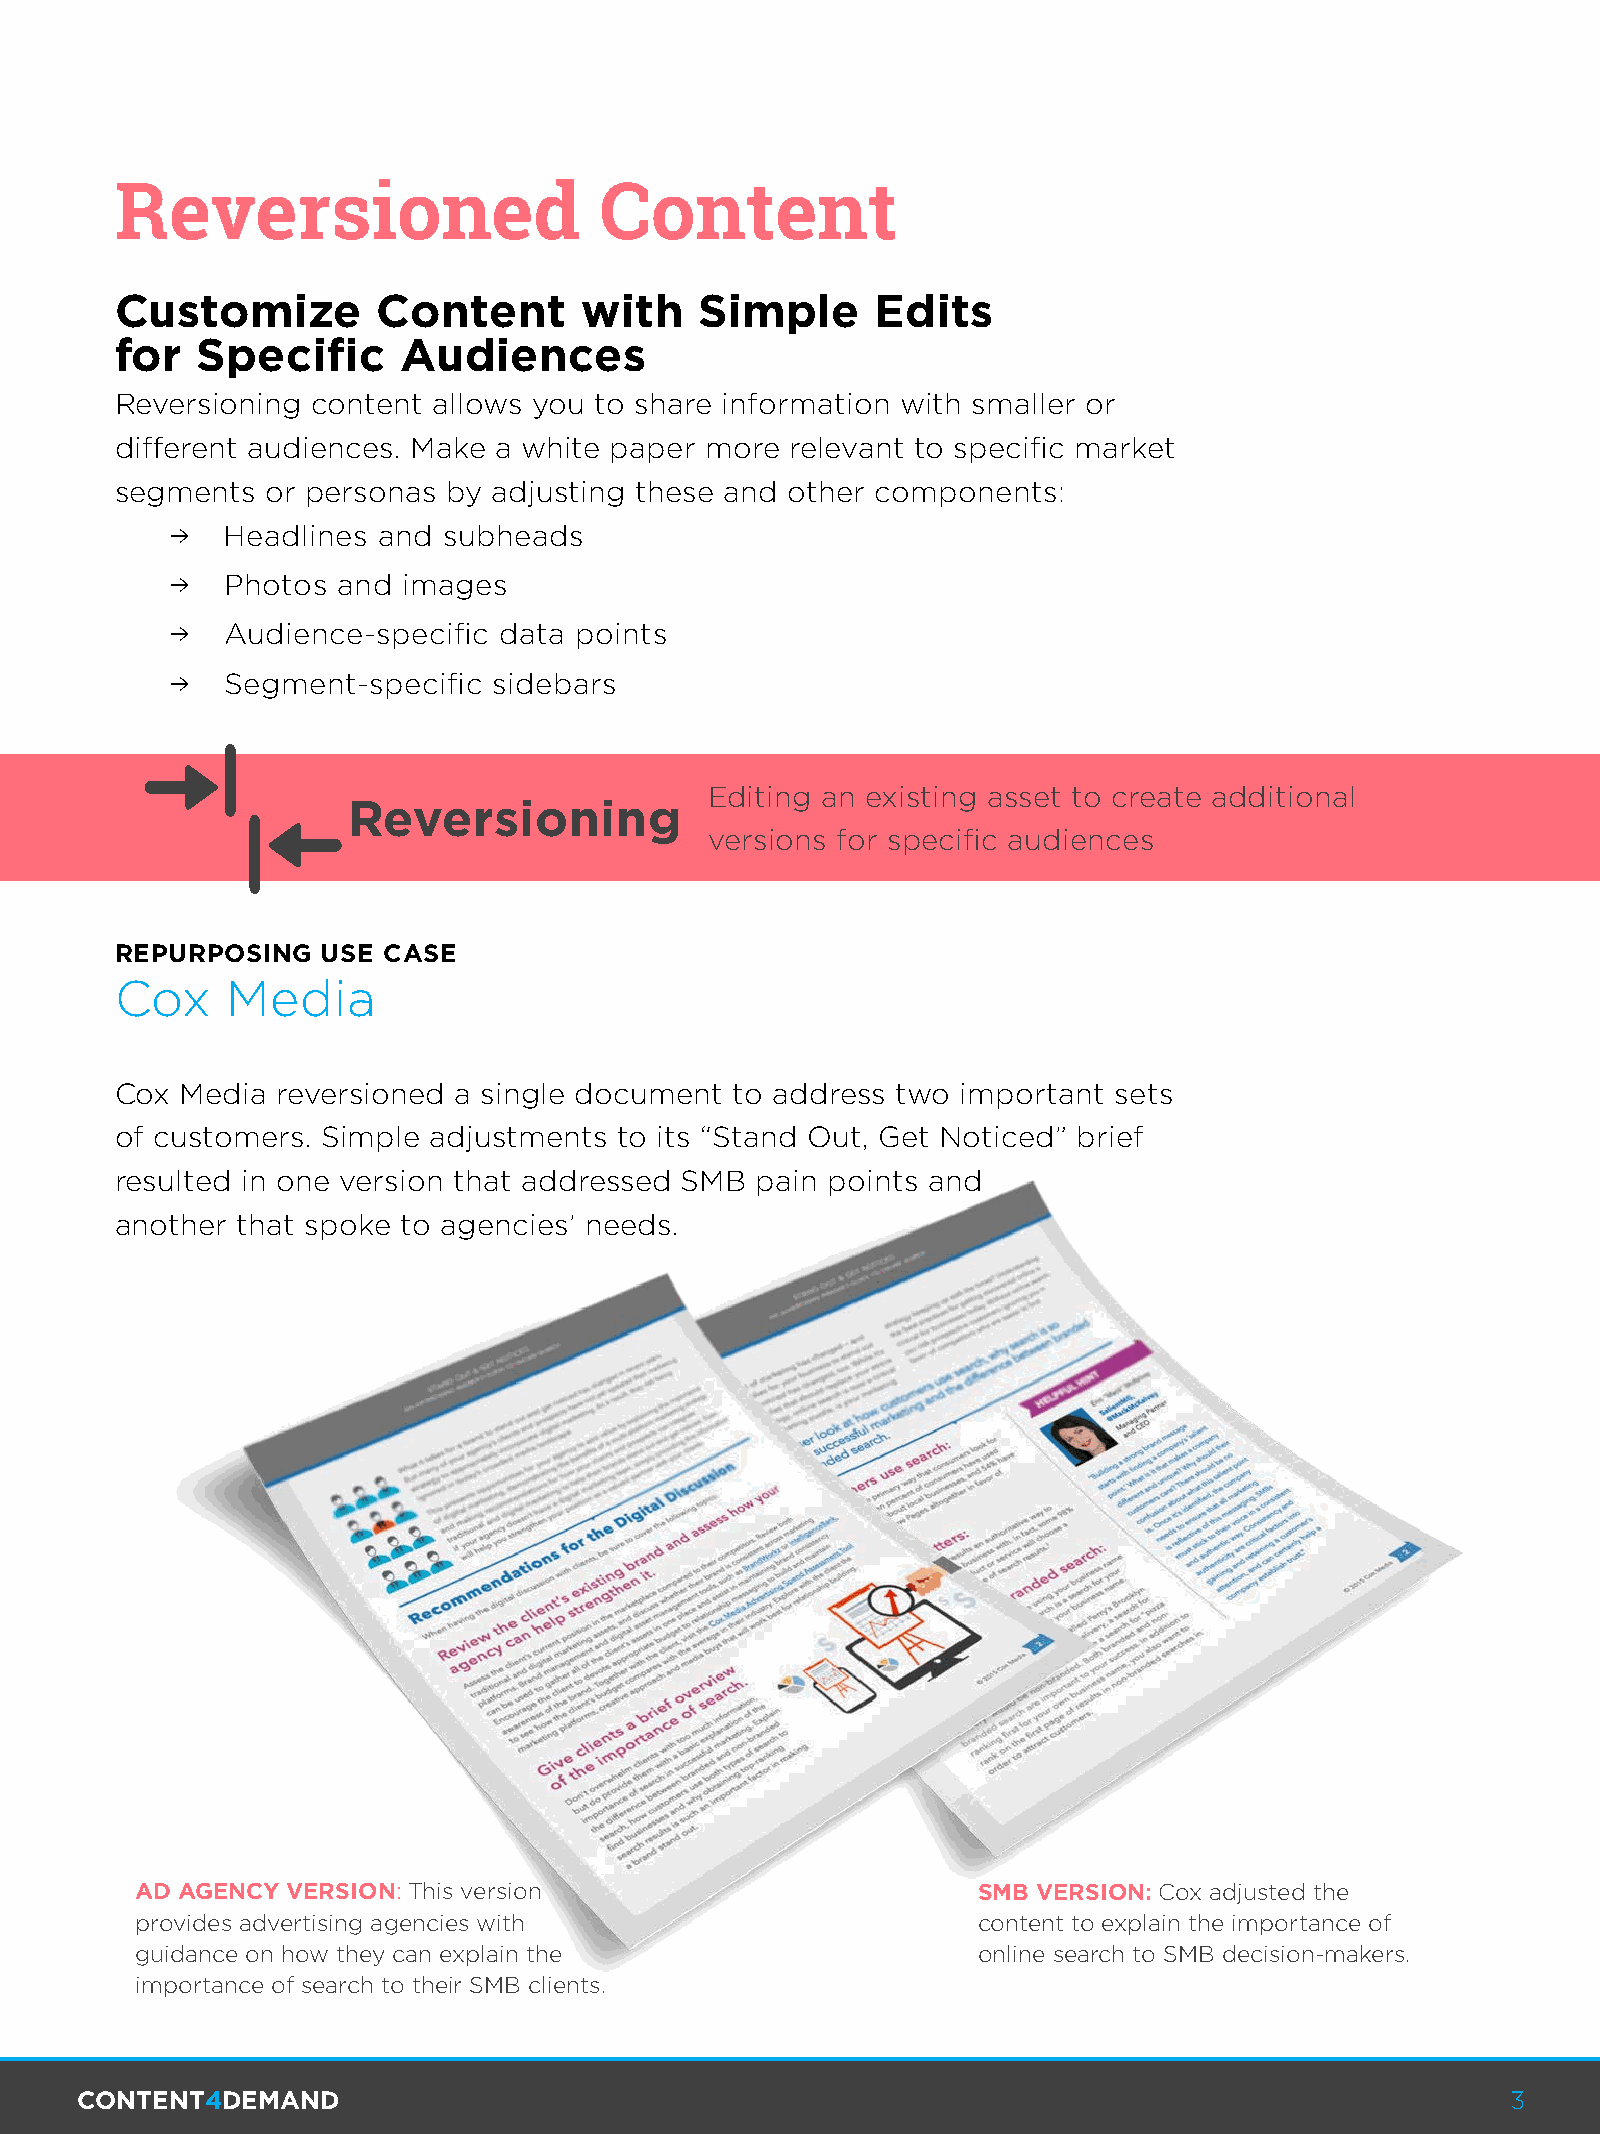
Reversioned                     Content
 Customize        Content      with    Simple      Edits
 for  Specific     Audiences
 Reversioning content allows you to share information with smaller or
 different audiences. Make a white paper more relevant to specific market
 segments  or personas by adjusting these and other components:
 →   Headlines and subheads
 →   Photos and  images
 →   Audience-specific data points
 →   Segment-specific  sidebars
 Editing an existing asset to create additional
 Reversioning
 versions for specific audiences
 REPURPOSING  USE CASE
 Cox    Media
 Cox Media reversioned a single document  to address two important sets
 of customers. Simple adjustments to its “Stand Out, Get Noticed” brief
 resulted in one version that addressed SMB pain points and
 another that spoke to agencies’ needs.
 AD AGENCY VERSION: This version                         SMB VERSION: Cox adjusted the
 provides advertising agencies with                      content to explain the importance of
 guidance on how they can explain the                    online search to SMB decision-makers.
 importance of search to their SMB clients.
 CONTENT4DEMAND                                                                                 3